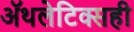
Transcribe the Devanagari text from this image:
ॲथलेटिक्सही